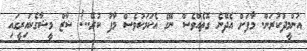
އުންމީދުކުރަން. މާފަށް އެދޭނެ ގޮތެއްވެސް ނޭގެ އެކަމަކުވެސް މާފު ކުރޭ..! ޝާޒް މީޝާގެކައިރީގައި